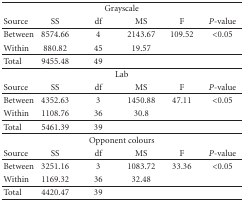
<table><thead><tr><td colspan="6"><b>Grayscale</b></td></tr><tr><td><b>Source</b></td><td><b>SS</b></td><td><b>df</b></td><td><b>MS</b></td><td><b>F</b></td><td><b><i>P</i>-value</b></td></tr></thead><tbody><tr><td> Between</td><td> 8574.66</td><td> 4</td><td> 2143.67</td><td> 109.52</td><td> &lt;0.05</td></tr><tr><td> Within</td><td> 880.82</td><td> 45</td><td> 19.57</td><td></td><td></td></tr><tr><td> Total</td><td> 9455.48</td><td> 49</td><td></td><td></td><td></td></tr><tr><td colspan="6"> Lab</td></tr><tr><td> Source</td><td> SS</td><td> df</td><td> MS</td><td> F</td><td><i>P</i>-value</td></tr><tr><td> Between</td><td> 4352.63</td><td> 3</td><td> 1450.88</td><td> 47.11</td><td> &lt;0.05</td></tr><tr><td> Within</td><td> 1108.76</td><td> 36</td><td> 30.8</td><td></td><td></td></tr><tr><td> Total</td><td> 5461.39</td><td> 39</td><td></td><td></td><td></td></tr><tr><td colspan="6"> Opponent colours</td></tr><tr><td> Source</td><td> SS</td><td> df</td><td> MS</td><td> F</td><td><i>P</i>-value</td></tr><tr><td> Between</td><td> 3251.16</td><td> 3</td><td> 1083.72</td><td> 33.36</td><td> &lt;0.05</td></tr><tr><td> Within</td><td> 1169.32</td><td> 36</td><td> 32.48</td><td></td><td></td></tr><tr><td> Total</td><td> 4420.47</td><td> 39</td><td></td><td></td><td></td></tr></tbody></table>